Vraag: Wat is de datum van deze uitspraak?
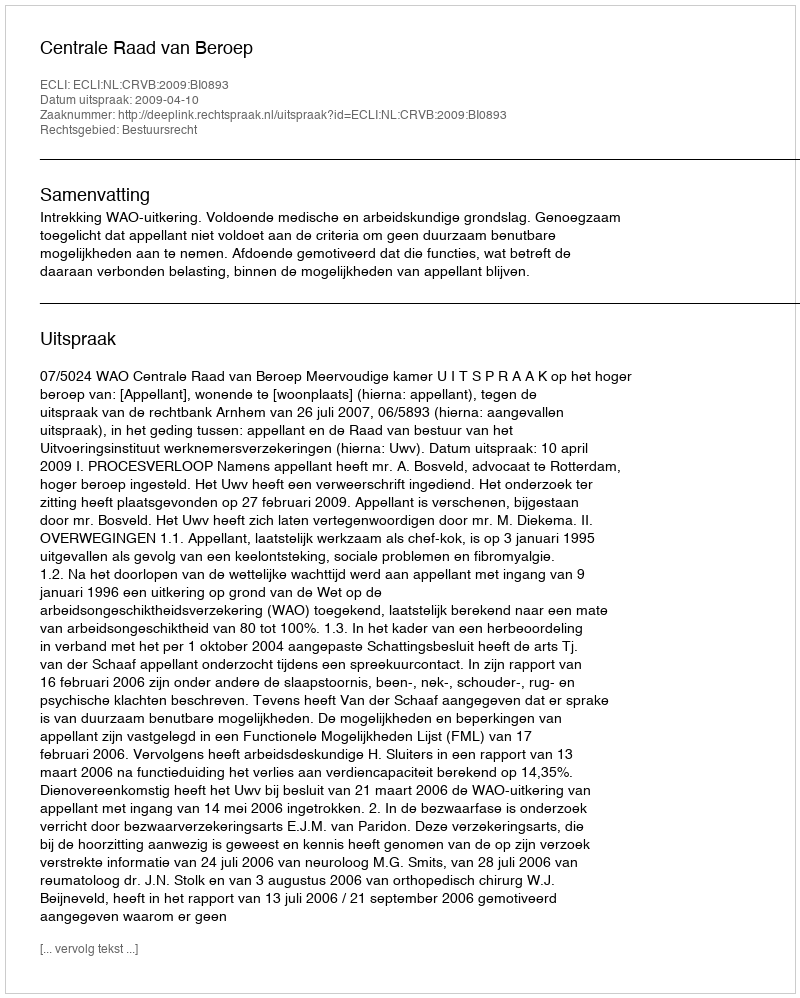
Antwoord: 2009-04-10